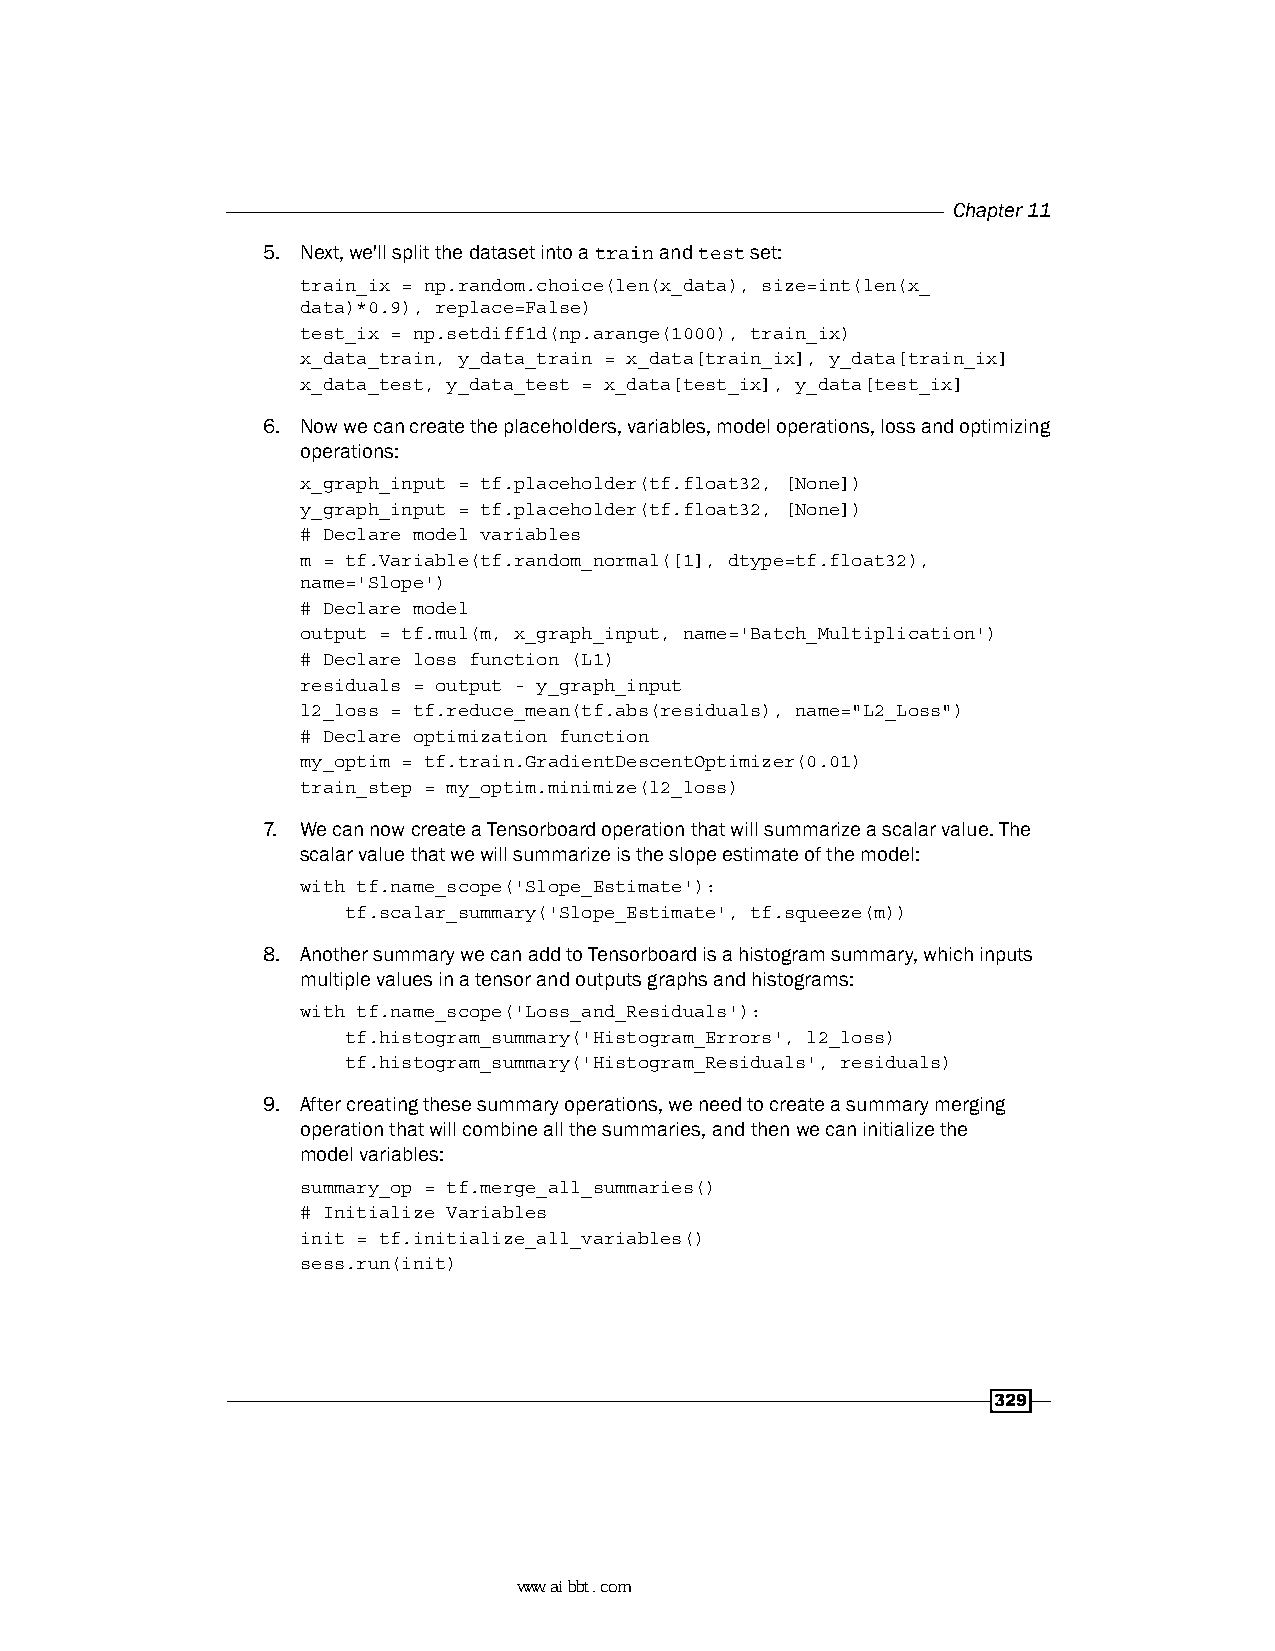
Chapter 11
 5. Next, we'll split the dataset into a train and test set:
 train_ix = np.random.choice(len(x_data), size=int(len(x_
 data)*0.9), replace=False)
 test_ix = np.setdiff1d(np.arange(1000), train_ix)
 x_data_train, y_data_train = x_data[train_ix], y_data[train_ix]
 x_data_test, y_data_test = x_data[test_ix], y_data[test_ix]
 6. Now we can create the placeholders, variables, model operations, loss and optimizing
 operations:
 x_graph_input = tf.placeholder(tf.float32, [None])
 y_graph_input = tf.placeholder(tf.float32, [None])
 # Declare model variables
 m = tf.Variable(tf.random_normal([1], dtype=tf.float32),
 name='Slope')
 # Declare model
 output = tf.mul(m, x_graph_input, name='Batch_Multiplication')
 # Declare loss function (L1)
 residuals = output - y_graph_input
 l2_loss = tf.reduce_mean(tf.abs(residuals), name="L2_Loss")
 # Declare optimization function
 my_optim = tf.train.GradientDescentOptimizer(0.01)
 train_step = my_optim.minimize(l2_loss)
 7. We can now create a Tensorboard operation that will summarize a scalar value. The
 scalar value that we will summarize is the slope estimate of the model:
 with tf.name_scope('Slope_Estimate'):
 tf.scalar_summary('Slope_Estimate', tf.squeeze(m))
 8. Another summary we can add to Tensorboard is a histogram summary, which inputs
 multiple values in a tensor and outputs graphs and histograms:
 with tf.name_scope('Loss_and_Residuals'):
 tf.histogram_summary('Histogram_Errors', l2_loss)
 tf.histogram_summary('Histogram_Residuals', residuals)
 9. After creating these summary operations, we need to create a summary merging
 operation that will combine all the summaries, and then we can initialize the
 model variables:
 summary_op = tf.merge_all_summaries()
 # Initialize Variables
 init = tf.initialize_all_variables()
 sess.run(init)
 329
 www.aibbt.com 让未来触手可及